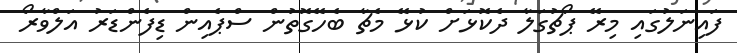
ފައިނަލުގައި މިރޭ ޕޯޗުގަލާ ދެކޮޅަށް ކުޅޭ މެޗާ ބެހޭގޮތުން ސްޕެއިން ޑިފެންޑަރު އަލްވާރޯ